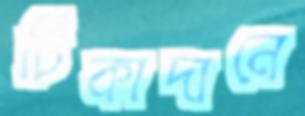
টিকাদানে